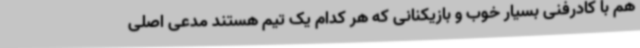
هم با کادرفنی بسیار خوب و بازیکنانی که هر کدام یک تیم هستند مدعی اصلی